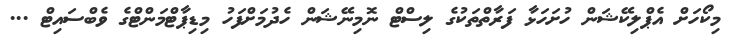
މިކޯހަށް އެޕްލިކޭޝަން ހުށަހަޅާ ފަރާތްތަކުގެ ލިސްޓް ނޮމިނޭޝަން ހެދުމަށްފަހު މިޑިޕާޓްމަންޓްގެ ވެބްސައިޓް ...